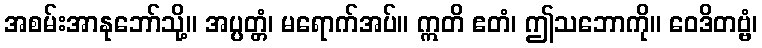
အစမ်းအာနုဘော်သို့။ အပ္ပတ္တံ၊ မရောက်အပ်။ ဣတိ ဧတံ၊ ဤသဘောကို။ ဝေဒိတဗ္ဗံ၊